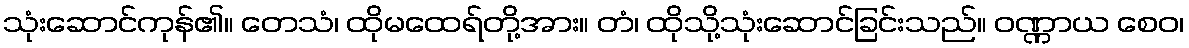
သုံးဆောင်ကုန်၏။ တေသံ၊ ထိုမထေရ်တို့အား။ တံ၊ ထိုသို့သုံးဆောင်ခြင်းသည်။ ဝဏ္ဏာယ စေဝ၊